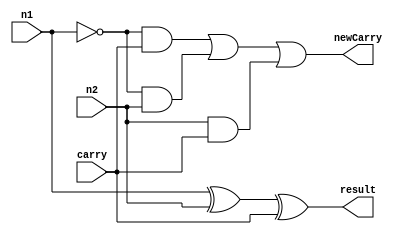
`timescale 1ns / 1ps

module Subtractor(
  output wire newCarry, result,
  input wire n1, n2, carry
);
wire x1, x2, x3, x4;

xor A1(x1, n1, n2);
xor A2(result, x1, carry);
not A3(n1_n, n1);
and A4(x2, n1_n, carry);
and A5(x3, n1_n, n2);
and A6(x4, n2, carry);
or A7(newCarry, x2, x3, x4);
endmodule 

module tb_Subtractor;
  wire newCarry;
  wire result;
  reg n1, n2;
  reg carry;

  initial begin
    // Test 1: n1 > n2 (newCarry = 0, result = 1)
    n1 = 1;
    n2 = 0;
    carry = 0;
    #10;

    // Test 2: n1 < n2 (newCarry = 1, result = 1)
    n1 = 0;
    n2 = 1;
    carry = 0;
    #10;

    // Test 3: n1 == n2 (newCarry = 1, result = 1) if carry = 1
    n1 = 1;
    n2 = 1;
    carry = 1;
    #10;
    
    // Test 4: n1 == n2 (newCarry = 0, result = 0) if carry = 0
    n1 = 1;
    n2 = 1;
    carry = 0;
    #10;

    $finish;
  end
  
  // Instantiate the Subtractor module
  Subtractor subtractor (
    .newCarry(newCarry),
    .result(result),
    .n1(n1),
    .n2(n2),
    .carry(carry)
  );
endmodule